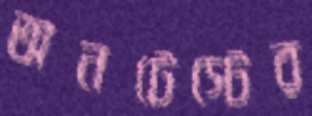
অনটেস্টের